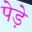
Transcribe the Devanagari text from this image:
पेड़े